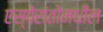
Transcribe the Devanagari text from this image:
एस्पेरांतोमधील